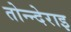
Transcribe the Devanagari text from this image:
तोन्न्देराइ